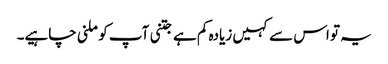
یہ تو اس سے کہیں زیادہ کم ہے جتنی آپ کو ملنی چاہیے۔